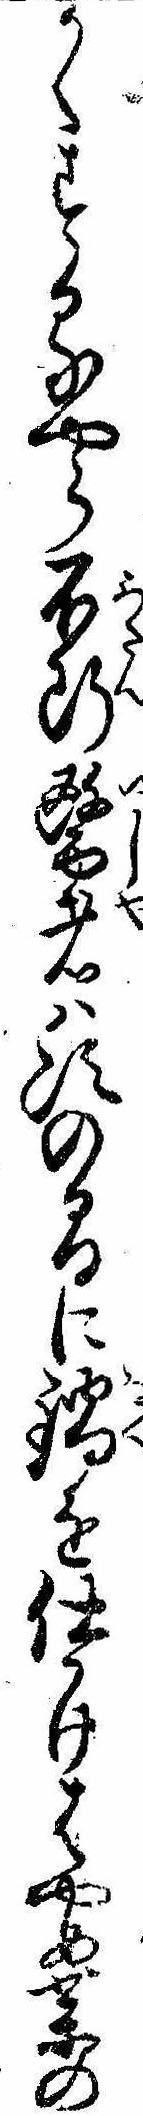
かくするやら不断医者は次の間に鍋を仕かけはやめ薬の